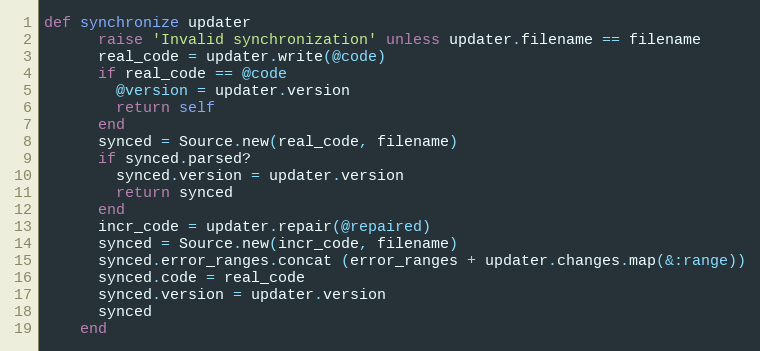
Language: Ruby
def synchronize updater
      raise 'Invalid synchronization' unless updater.filename == filename
      real_code = updater.write(@code)
      if real_code == @code
        @version = updater.version
        return self
      end
      synced = Source.new(real_code, filename)
      if synced.parsed?
        synced.version = updater.version
        return synced
      end
      incr_code = updater.repair(@repaired)
      synced = Source.new(incr_code, filename)
      synced.error_ranges.concat (error_ranges + updater.changes.map(&:range))
      synced.code = real_code
      synced.version = updater.version
      synced
    end